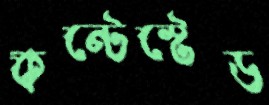
কন্টেস্টেড